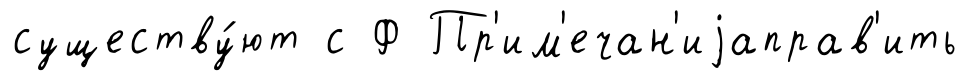
существу́ют с Ф Пр'им'ечан'иjаправ'ить